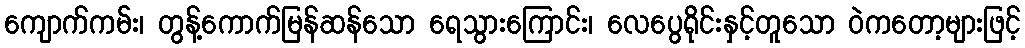
ကျောက်ကမ်း၊ တွန့်ကောက်မြန်ဆန်သော ရေသွားကြောင်း၊ လေပွေရိုင်းနှင့်တူသော ဝဲကတော့များဖြင့်